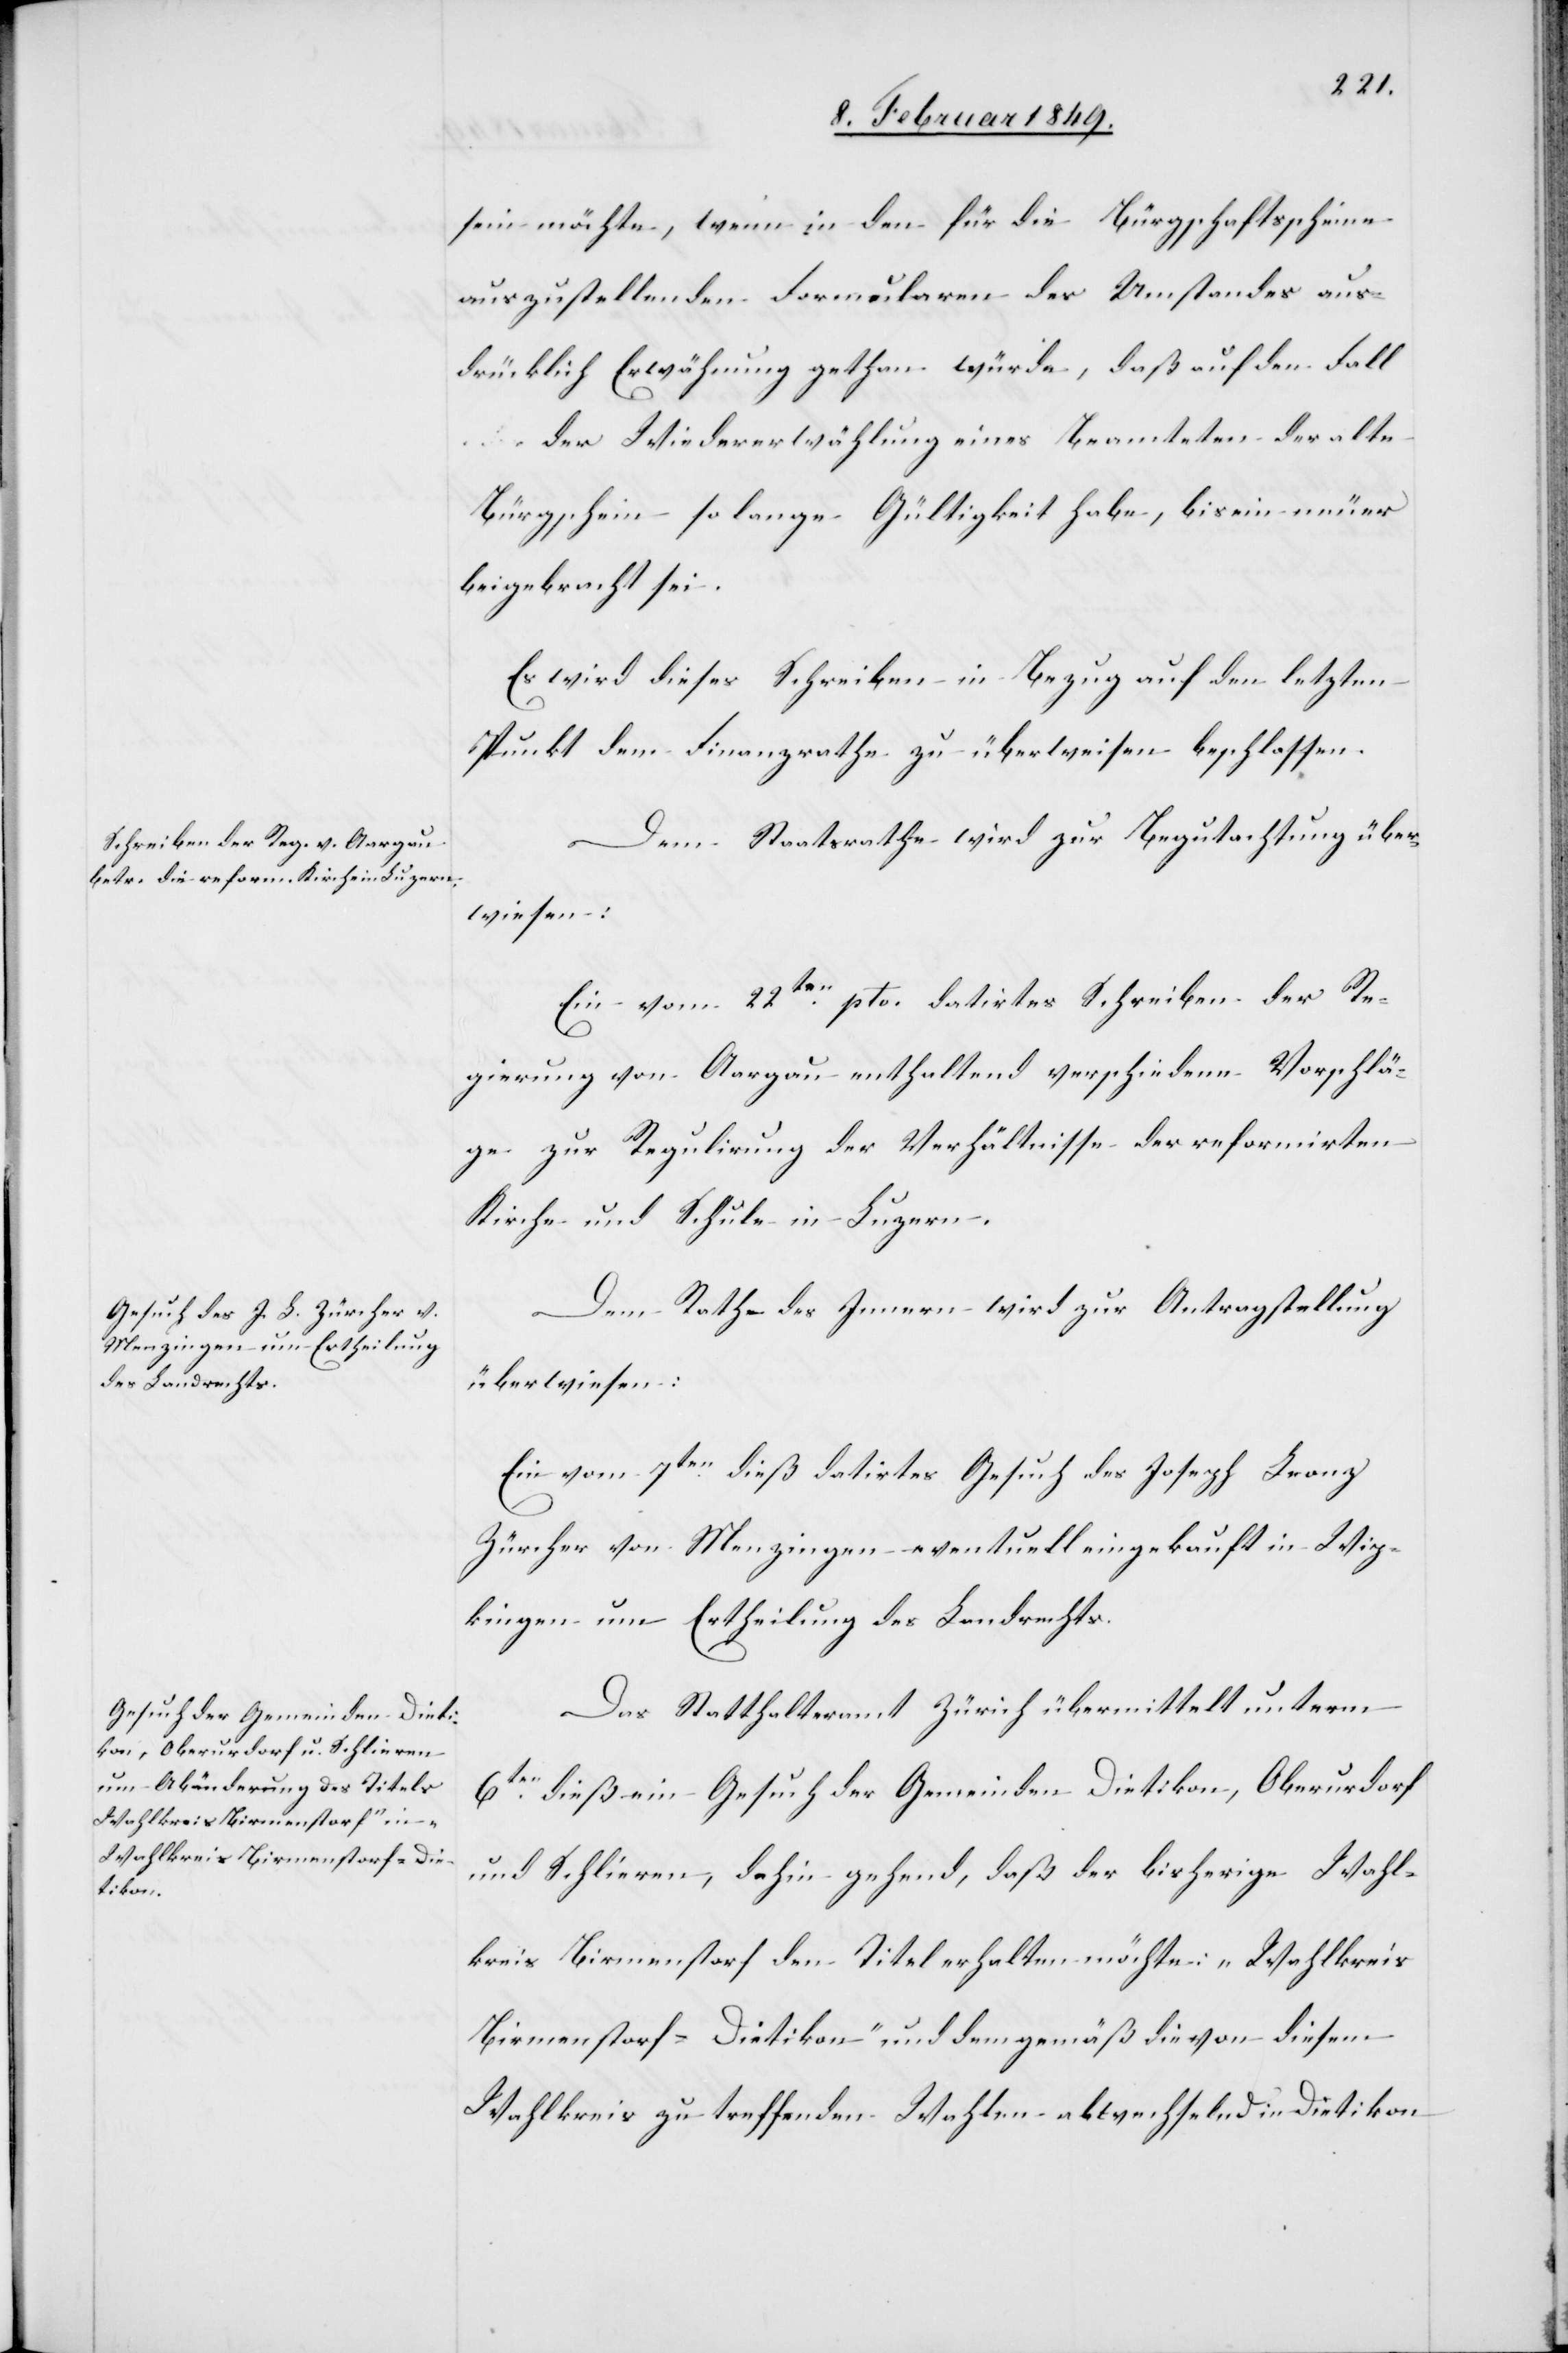
sein möchte, wenn in den für die Bürgschaftsscheine
auszustellenden Formularen des Umstandes aus¬
drücklich Erwähnung gethan würde, daß auf den Fall
der Wiedererwählung eines Beamteten der alte
Bürgschein so lange Gültigkeit habe, bis ein neuer
beigebracht sei.
Es wird dieses Schreiben in Bezug auf den letzten
Punkt dem Finanzrathe zu überweisen beschlossen.
Dem Staatsrathe wird zur Begutachtung über¬
wiesen:
Ein vom 22ten. pto. datirtes Schreiben der Re¬
gierung von Aargau enthaltend verschiedene Vorschlä¬
ge zur Regulirung der Verhältnisse der reformirten
Kirche und Schule in Luzern.
Dem Rathe des Innern wird zur Antragstellung
überwiesen:
Ein vom 7ten. dieß datirtes Gesuch des Joseph Franz
Zürcher von Menzingen eventuell eingekauft in Wip¬
kingen um Ertheilung des Landrechts.
Das Statthalteramt Zürich übermittelt unterm
6t¬
en. dieß ein Gesuch der Gemeinden Dietikon, Oberurdorf
und Schlieren, dahin gehend, daß der bisherige Wahl¬
kreis Birmenstorf den Titel erhalten möchte: „Wahlkreis
Birmenstorf-Dietikon“ und demgemäß die von diesem
Wahlkreis zu treffenden Wahlen abwechselnd in Dietikon